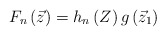
\begin{align*}F_{n}\left({\vec z}\right) = h_{n}\left(Z\right) g\left({\vec z}_{1}\right)\end{align*}